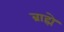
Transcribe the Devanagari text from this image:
ब्राह्मे